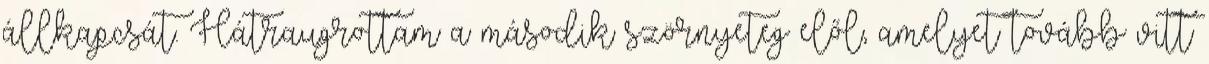
állkapcsát. Hátraugrottam a második szörnyeteg elől, amelyet tovább vitt